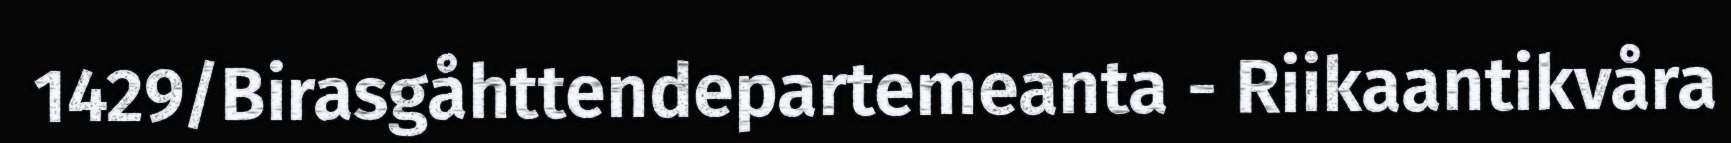
1429/Birasgåhttendepartemeanta - Riikaantikvåra